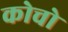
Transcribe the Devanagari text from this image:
कोचो